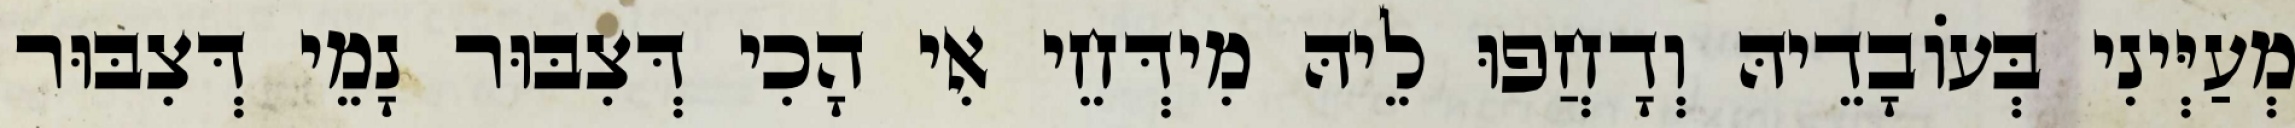
מְעַיְּינִי בְּעוֹבָדֵיהּ וְדָחֲפוּ לֵיהּ מִידְּחֵי אִי הָכִי דְּצִבּוּר נָמֵי דְּצִבּוּר